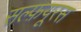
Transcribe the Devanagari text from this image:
सल्फ़यूरस